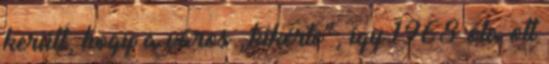
került, hogy a város „kikérte”, így 1968 óta ott